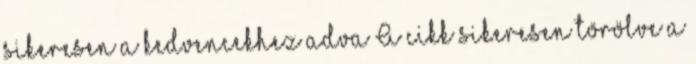
sikeresen a kedvencekhez adva A cikk sikeresen törölve a